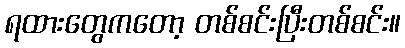
ရထားတွေကတော့ တစ်စင်းပြီးတစ်စင်း။